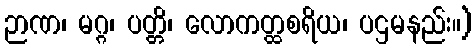
ဉာဏ၊ မဂ္ဂ၊ ပတ္တိ၊ လောကတ္ထစရိယ၊ ပဌမနည်း။)